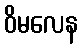
ဝိမလေန